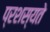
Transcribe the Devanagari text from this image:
प्रशस्यते